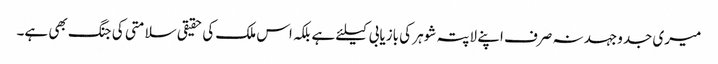
میری جدوجہد نہ صرف اپنے لاپتہ شوہر کی بازیابی کیلئے ہے بلکہ اس ملک کی حقیقی سلامتی کی جنگ بھی ہے۔